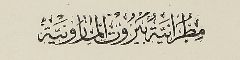
مطرانية بيروت المارونية